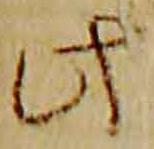
此